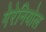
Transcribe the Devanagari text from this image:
गेरेनियोल